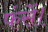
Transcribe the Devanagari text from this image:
फंसें।